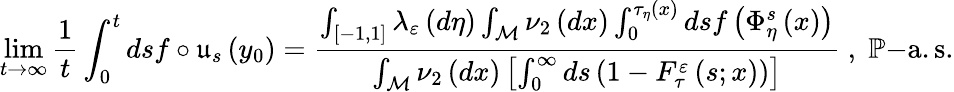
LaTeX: \operatorname*{lim}_{t\rightarrow\infty}\frac{1}{t}\int_{0}^{t}dsf\circ\mathfrak{u}_{s}\left(y_{0}\right)=\frac{\int_{\left[-1,1\right]}\lambda_{\varepsilon}\left(d\eta\right)\int_{\mathcal{M}}\nu_{2}\left(dx\right)\int_{0}^{\tau_{\eta}\left(x\right)}dsf\left(\Phi_{\eta}^{s}\left(x\right)\right)}{\int_{\mathcal{M}}\nu_{2}\left(dx\right)\left[\int_{0}^{\infty}ds\left(1-F_{\tau}^{\varepsilon}\left(s;x\right)\right)\right]}\; ,\; \mathbb{P}\mathrm{-a.s.}